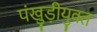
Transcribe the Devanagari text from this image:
पंखुड़ीयुक्त